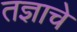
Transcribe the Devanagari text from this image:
तज्ञाचे